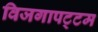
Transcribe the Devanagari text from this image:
विजगापट्‌टम